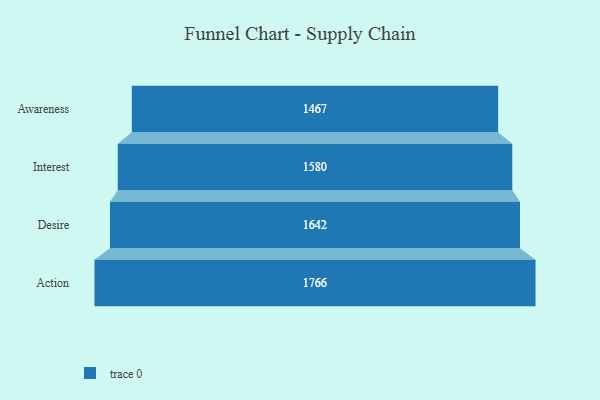
{"axis": {"x": "Stage", "y": "Value"}, "legend": [""], "data": [{"x": "Awareness", "y": 1467.0, "type": ""}, {"x": "Interest", "y": 1580.0, "type": ""}, {"x": "Desire", "y": 1642.0, "type": ""}, {"x": "Action", "y": 1766.0, "type": ""}]}